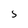
Character: 5